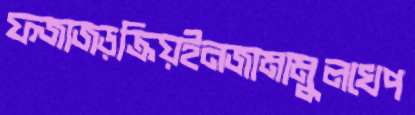
ফজাজড়ক্রিয়ইনজামামুলখেপ